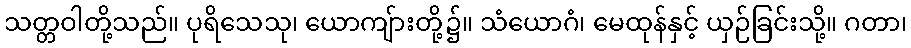
သတ္တဝါတို့သည်။ ပုရိသေသု၊ ယောကျ်ားတို့၌။ သံယောဂံ၊ မေထုန်နှင့် ယှဉ်ခြင်းသို့။ ဂတာ၊